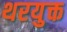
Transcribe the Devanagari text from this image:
थरयुक्त